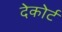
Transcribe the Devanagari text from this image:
देकोर्ट